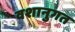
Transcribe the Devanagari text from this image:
वशानुगत